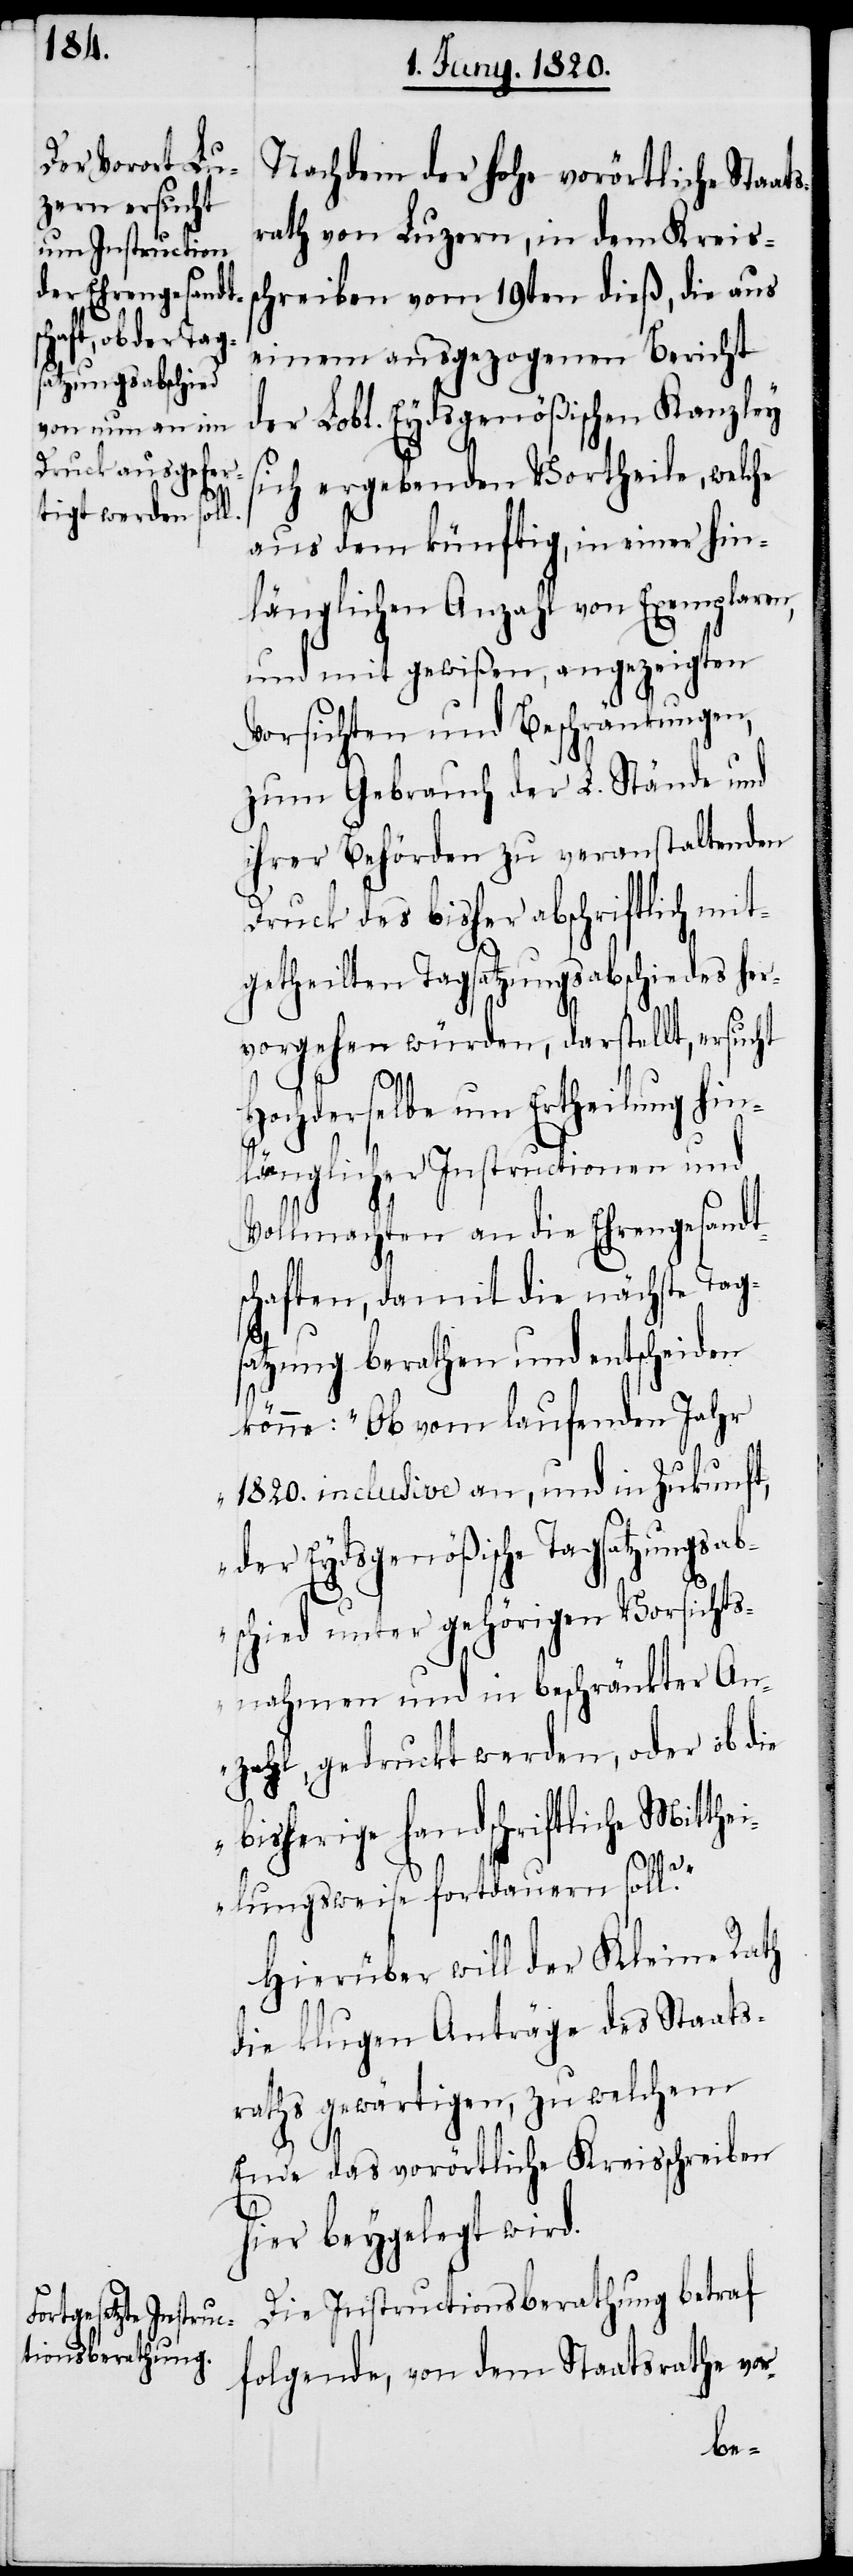
Nachdem der hohe vorörtliche Staat¬
srath von Luzern, in dem Kreiss¬
chreiben vom 19ten dieß, die aus
einem ausgezogenen Bericht
der Lobl. Eydsgenößischen Kanzley
sich ergebenden Vortheile, welche
aus dem künftig, in einer hin¬
länglichen Anzahl von Exemplaren,
und mit gewißen, angezeigten
Vorsichten und Beschränkungen,
zum Gebrauch der L. Stände und
ihrer Behörden zu veranstaltenden
Druck des bisher abschriftlich mit¬
getheilten Tagsatzungsabschiedes her¬
vorgehen würden, darstellt, ersucht
Hochderselbe um Ertheilung hin¬
länglicher Instructionen und
Vollmachten an die Ehrengesandt¬
schaften, damit die nächste Tag¬
satzung berathen und entscheiden
könne: „Ob vom laufenden Jahr
1820. inclusive an, und in Zukunft,
der Eydsgenößische Tagsatzungsab¬
schied unter gehörigen Vorsichts¬
nahmen und in beschränkter An¬
zahl, gedruckt werden, oder ob die
bisherige handschriftliche Mitthe¬
ilungsweise fortdauern soll?“
Hierüber will der Kleine Rath
die klugen Anträge des Staats¬
raths gewärtigen, zu welchem
Ende das vorörtliche Kreisschreiben
hier beygelegt wird.
Die Instructionsberathung betraf
folgende, von dem Staatsrathe vor-